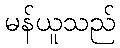
မန်ယူသည်